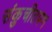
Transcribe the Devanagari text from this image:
संकुचीतपण